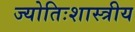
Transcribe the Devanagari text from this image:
ज्योतिःशास्त्रीय